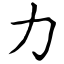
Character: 力